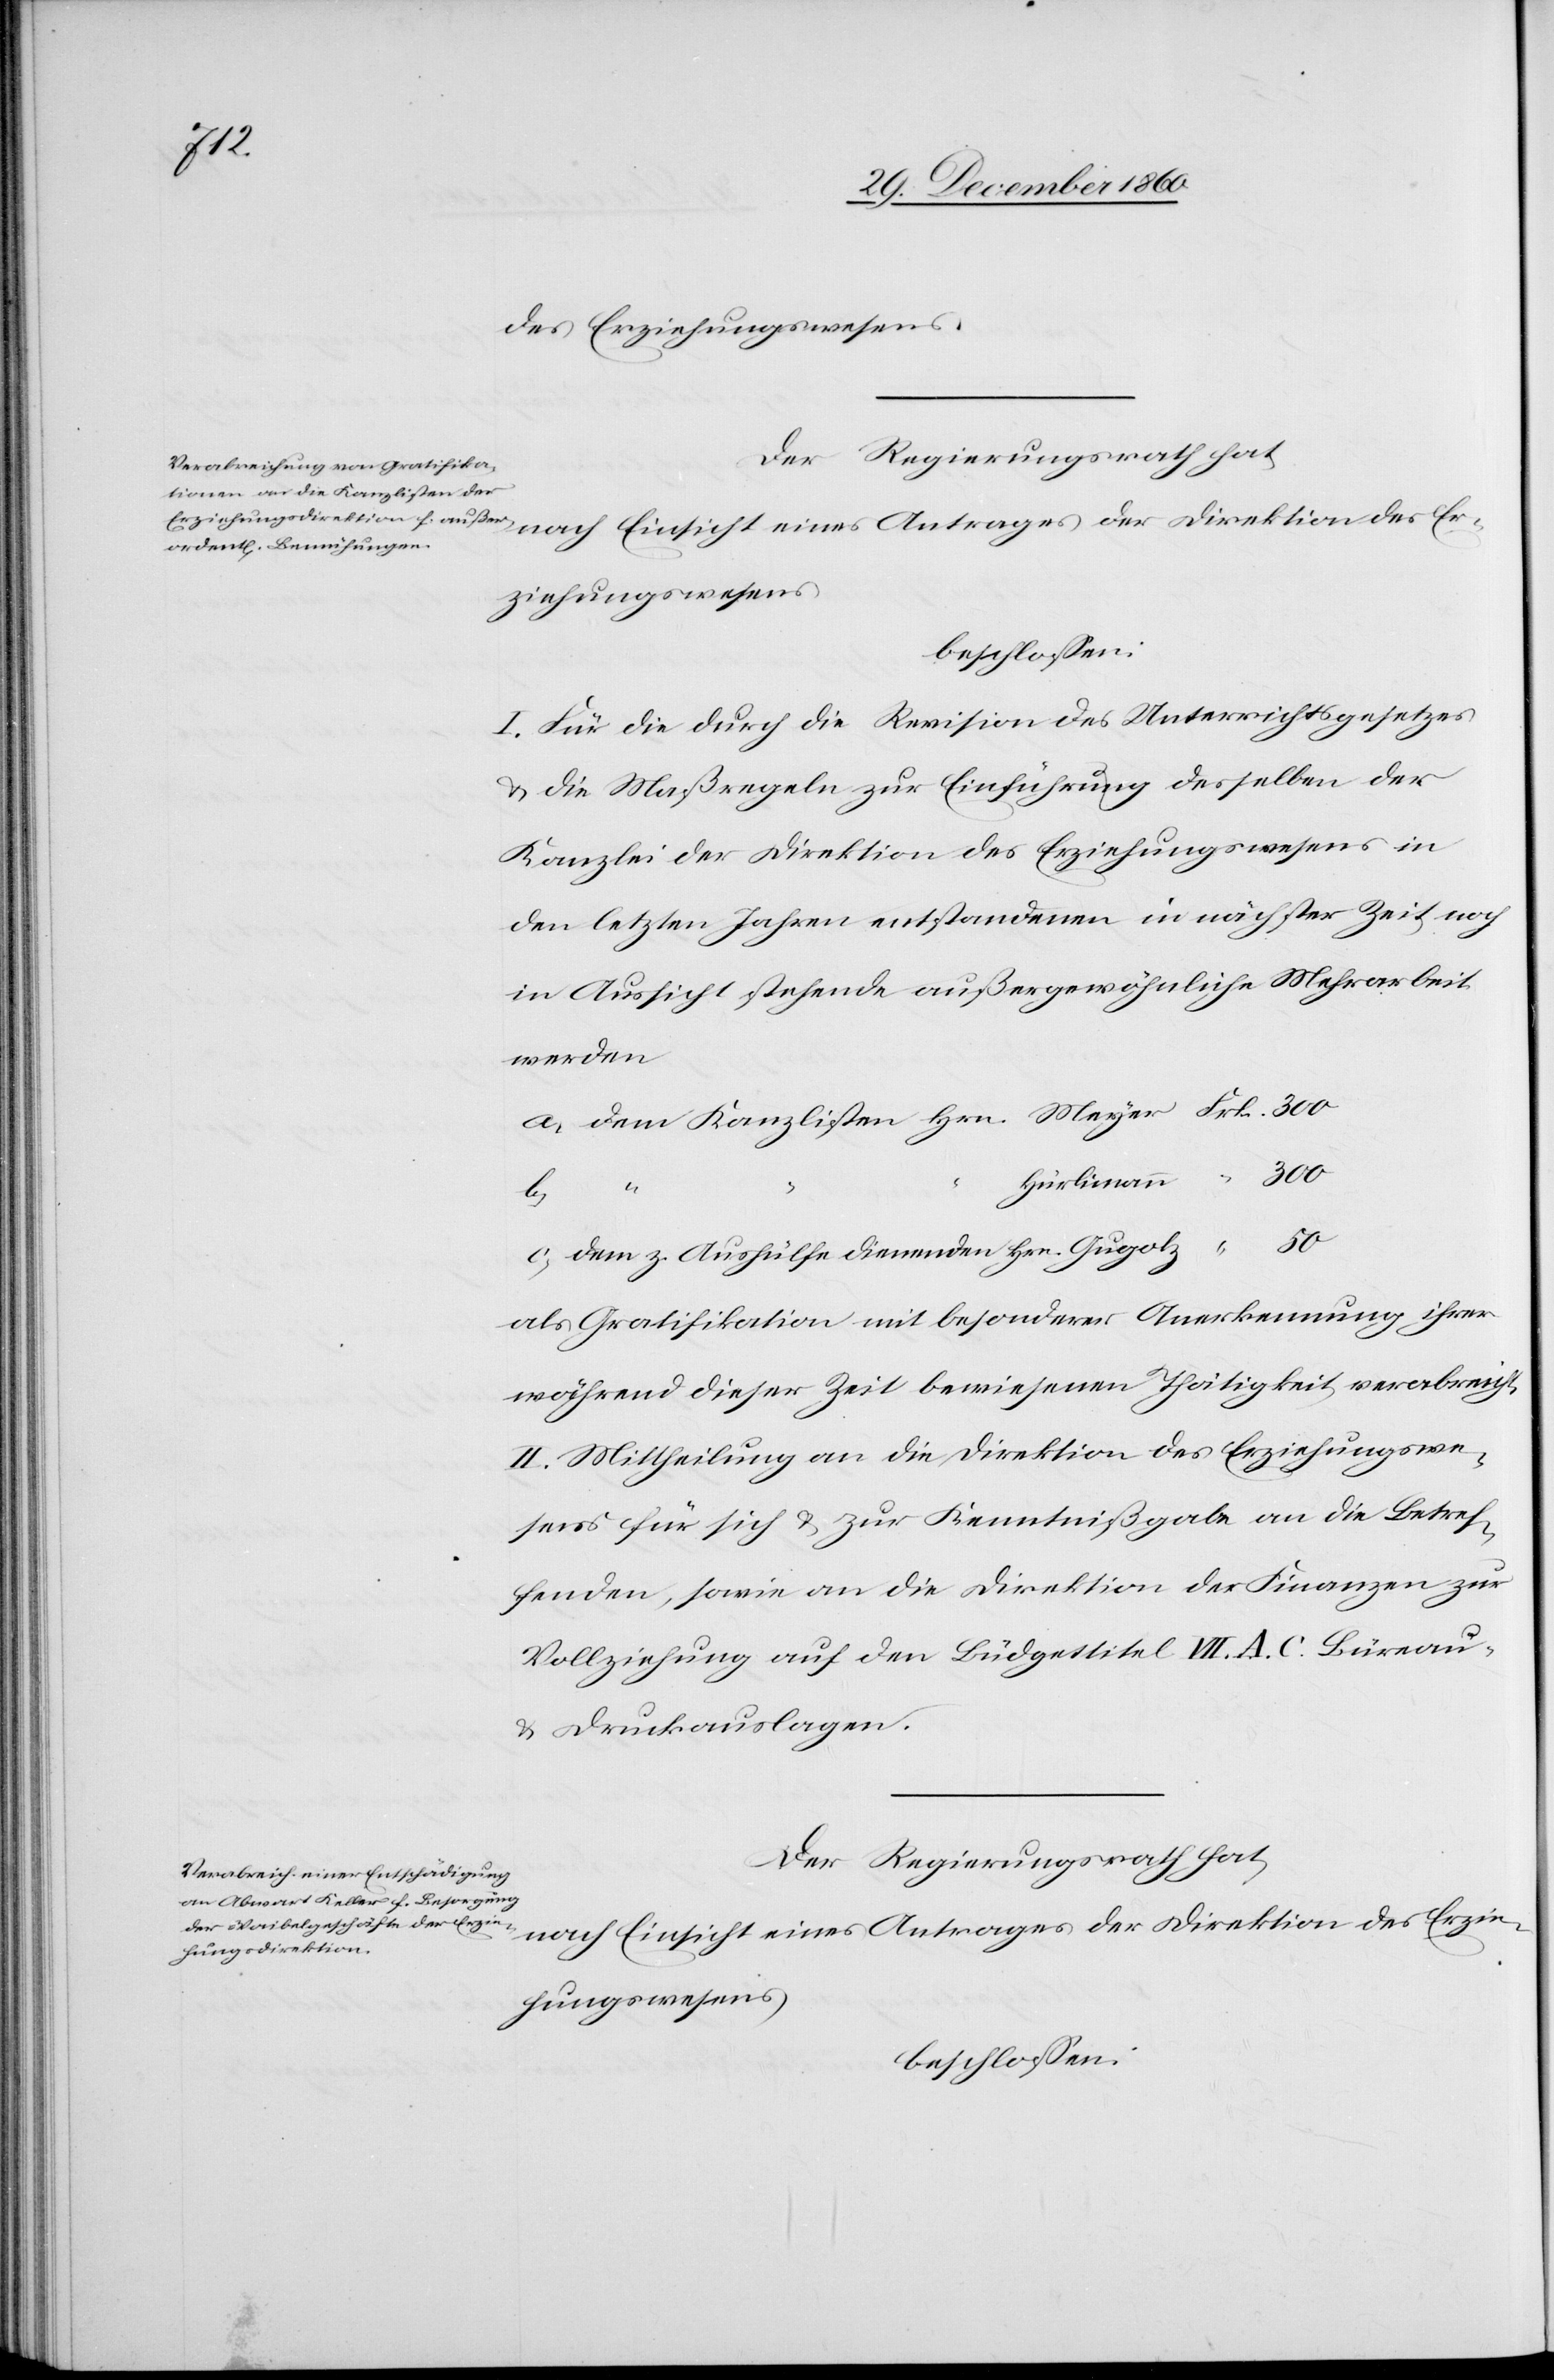
des Erziehungswesens.
Der Regierungsrath hat,
nach Einsicht eines Antrages der Direktion des Er¬
ziehungswesens
beschlossen:
I. Für die durch die Revision des Unterrichtsgesetzes
u. die Maßregeln zur Einführung desselben der
Kanzlei der Direktion des Erziehungswesens in
den letzten Jahren entstandene in nächster Zeit noch
in Aussicht stehende außergewöhnliche Mehrarbeit
werden
Hürlimann
“
50
dem z. Aushülfe dienenden Hrn. Gugolz
als Gratifikation mit besonderer Anerkennung ihrer
während dieser Zeit bewiesenen Thätigkeit verabreicht.
II. Mittheilung an die Direktion des Erziehungswe¬
sens für sich u. zur Kenntnißgabe an die Betref¬
fenden, sowie an die Direktion der Finanzen zur
Vollziehung auf den Büdgettitel VII A. C. Büreau-
u. Druckauslagen.
Der Regierungsrath hat,
nach Einsicht eines Antrages der Direktion des Erzie¬
hungswesens,
beschlossen: